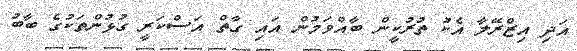
އަދި އިޒްރޭލާ އެކު ތުރުކީން ބާއްވަމުން އައި ގާތް އަސްކަރީ ގުޅުންތަކުގެ ބާބު